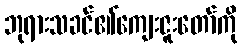
ဘုရားသခင်၏ကျေးဇူးတော်ကို